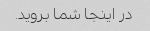
در اینجا شما بروید.